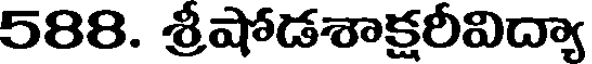
588. శ్రీషోడశాక్షరీవిద్యా